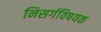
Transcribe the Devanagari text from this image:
निसर्गविषयक